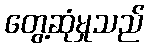
တွေ့ဆုံမှုသည်